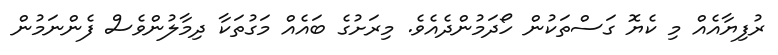
ރުފިޔާއެއް މި ކެޔޮ ގަސްތަކުން ހޯދަމުންދެއެވެ. މިރަށުގެ ބައެއް މަގުތަކާ ދިމާލުންވެސް ފެންނަމުން